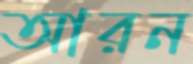
আরন